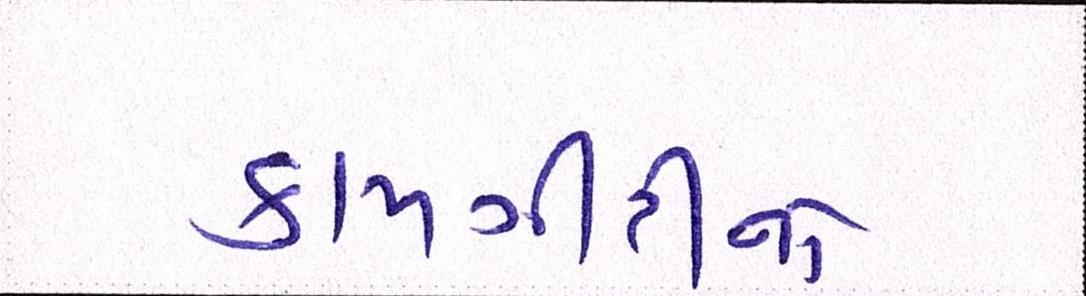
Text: કામગીરીનો